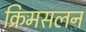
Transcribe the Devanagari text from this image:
क्रिमसलन